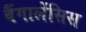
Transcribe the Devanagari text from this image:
बैंगालेंसिस